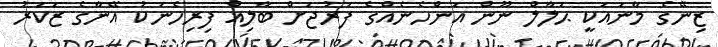
ޒިނޭގެ މާނައަކީ ޙަލާލް ނޫން އަންހެނެއްގެ ފަރުޖަށް ބާލިޣް ފިރިހެނަކު އޭނާގެ ޒަކަރު